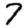
Digit: 7